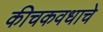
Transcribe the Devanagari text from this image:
कीचकवधाचे